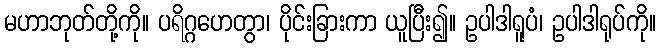
မဟာဘုတ်တို့ကို။ ပရိဂ္ဂဟေတွာ၊ ပိုင်းခြားကာ ယူပြီး၍။ ဥပါဒါရူပံ၊ ဥပါဒါရုပ်ကို။